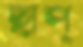
ছাপ্‌